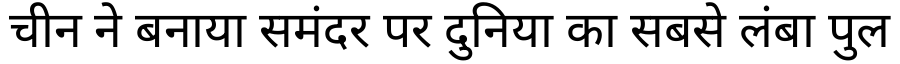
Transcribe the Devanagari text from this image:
चीन ने बनाया समंदर पर दुनिया का सबसे लंबा पुल